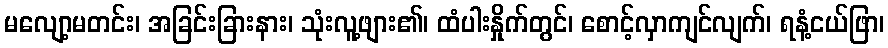
မလျော့မတင်း၊ အခြင်းခြားနား၊ သုံးလူ့ဖျား၏၊ ထံပါးနှိုက်တွင်၊ စောင့်လှာကျင်လျက်၊ ရနံ့ငယ်ဖြာ၊